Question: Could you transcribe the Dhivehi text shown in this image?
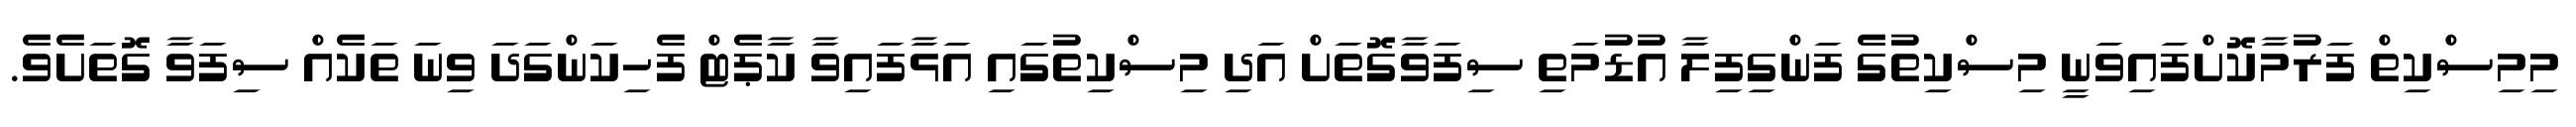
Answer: މިމިސްކިތް ފަރުމާކޮށްފައިވަނީ މިސްކިތުގެ ފަންގިފިލާ އުޑުމަތި ސިފަވާގޮތަށް އަދި މިސްކިތުގައި އަޅާފައިވާ ކާޕެޓް ފެހިކަންގަދަ ވިނަ ތަކެއް ސިފަވާ ގޮތަށެވެ.